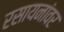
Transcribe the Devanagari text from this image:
रसायनांवर